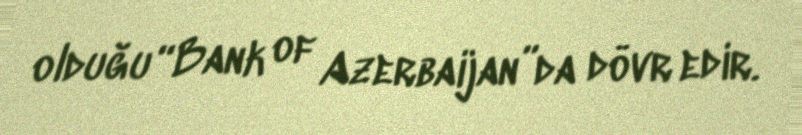
olduğu “Bank of Azerbaijan”da dövr edir.